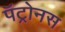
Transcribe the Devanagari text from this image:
पॅट्रोनस